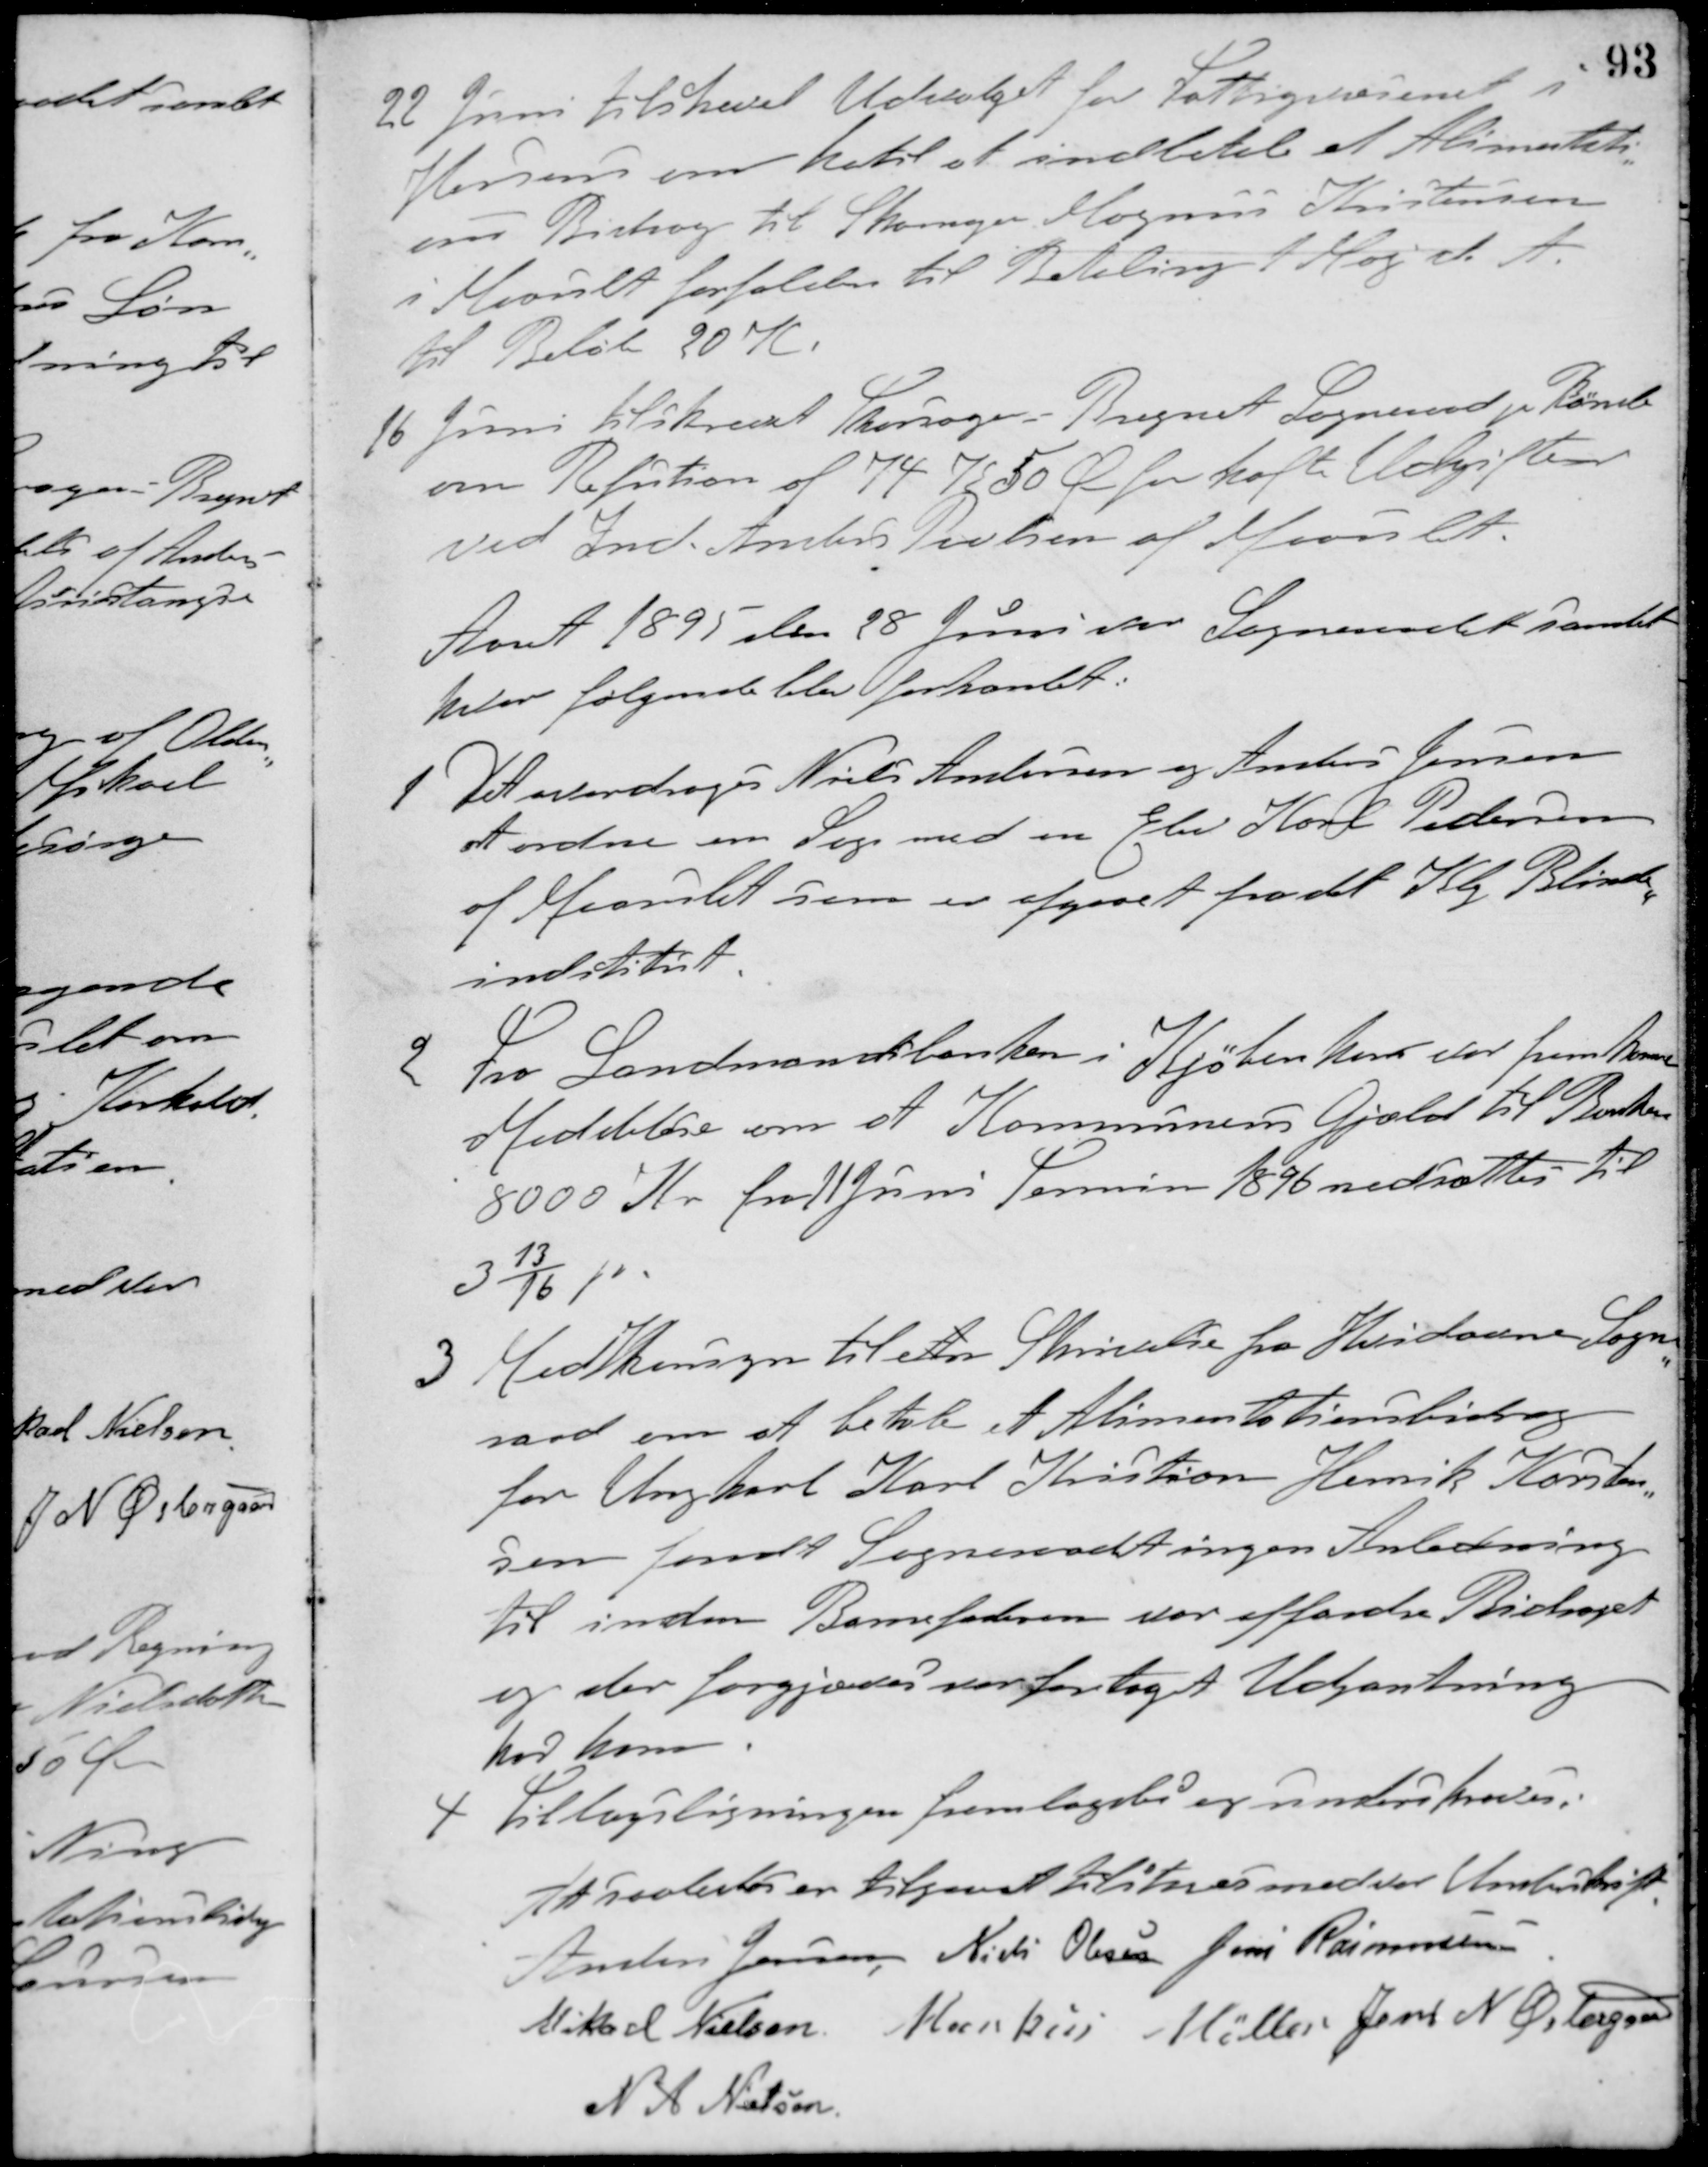
Transskription:
22 Juni tilskrevet Udvalget for Fattigvæsenet i
Horsens om hertil at indbetale et Alimentati-
ons Bidrag til Skomager Magnus Kristensen
i Maarslet forfalden til Betaling 1 Maj d. A.
til Beløb 20 K
16 Juni tilskrevet Thorsager - Bregnet Sogneraad pr. Rønde
om Refution af 74 K 50 Ø for hafte Udgifter
ved Ind. Anders Povlsen af Maarslet
Aaret 1895 den 28 Juni var Sogneraadet samlet
hvor følgende blev forhandlet:
1. Det overdroges Niels Andersen og Anders Jensen
at ordne en Sag med en Elev Karl Pedersen
af Maarslet som er afgaaet fra det Klg. Blinde-
indstitut.
2. Fra Landmandsbanken i Kjøbenhavn var fremkommet
Meddelelse om at Kommunens Gjæld til Banken
8000 Kr. fra 11 Juni Termin 1896 nedsættes til
3 13/16 p. a.
3. Med hensyn til etn Skrivelse fra Hvidovre Sogne-
raad om at betale et Alimentationsbidrag
for Ungkarl Karl Kristian Henrik Karsten-
sen fandt Sogneraadet ingen Anledning
til inden Barnefaderen var affordre Bidraget
og der forgjæves var foretaget Udpantning
hos ham.
4. Tillægsligningen fremlagdes og underskreves.
At saaledes er tilgaaet tilstaaes med vor Underskrift
Anders Jensen Niels Olesen Jens Rasmussen
Mikael Nielsen Markus Møller Jens N. Østergaard
N. A. Nielsen